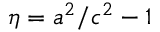
\eta = a ^ { 2 } / c ^ { 2 } - 1